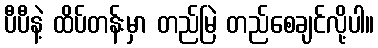
ပီပီနဲ့ ထိပ်တန်းမှာ တည်မြဲ တည်စေချင်လို့ပါ။